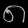
Digit: ၈